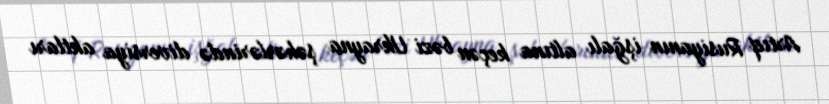
Artıq Rusiyanın işğalı altına keçən bəzi Ukrayna şəhərlərində diversiya aktları